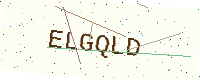
Text: ELGQLD